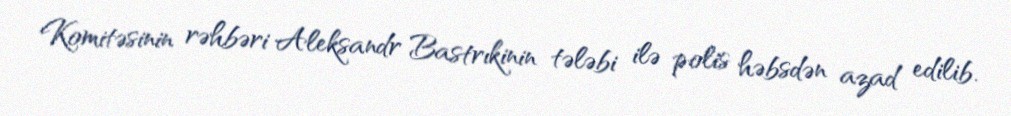
Komitəsinin rəhbəri Aleksandr Bastrıkinin tələbi ilə polis həbsdən azad edilib.